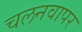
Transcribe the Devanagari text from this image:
चलनवापर